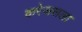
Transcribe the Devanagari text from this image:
करेजसला